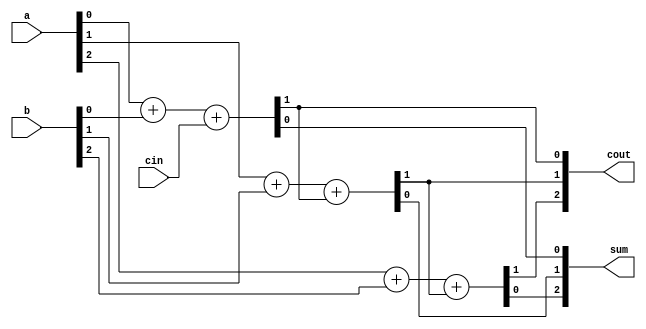
module top_module( 
    input [2:0] a, b,
    input cin,
    output [2:0] cout,
    output [2:0] sum );
    generate
        genvar i;
        for(i=0;i<3;i=i+1) begin: foradd
            if(i==0) begin
                assign {cout[i],sum[i]} = a[i] + b[i] + cin; 
            end
            else begin
                assign {cout[i],sum[i]} = a[i] + b[i] + cout[i - 1];
            end
        end
    endgenerate
endmodule